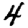
Digit: 4